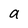
Character: 9